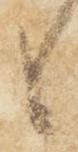
候